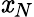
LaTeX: \mathit{x}_{N}